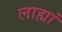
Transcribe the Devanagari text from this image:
लाह्यां